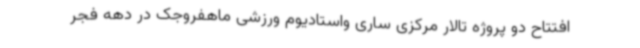
افتتاح دو پروژه تالار مرکزی ساری واستادیوم ورزشی ماهفروجک در دهه فجر